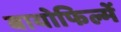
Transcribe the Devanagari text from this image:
बायोफिल्में